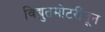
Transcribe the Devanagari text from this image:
विद्युतमोटरींतून